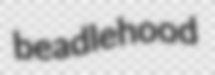
beadlehood